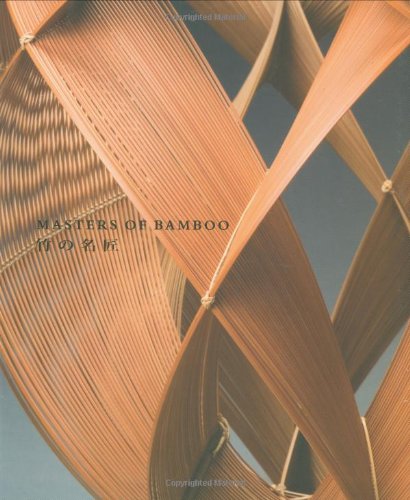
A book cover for Masters of Bamboo: Artistic Lineages in the Lloyd Cotsen Japanese Basket Collection; Melissa M. Rinne; Crafts, Hobbies & Home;